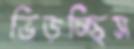
ভিড়চ্ছিস